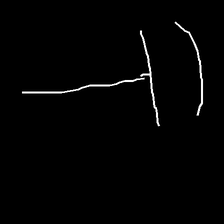
Glyph: dispersion